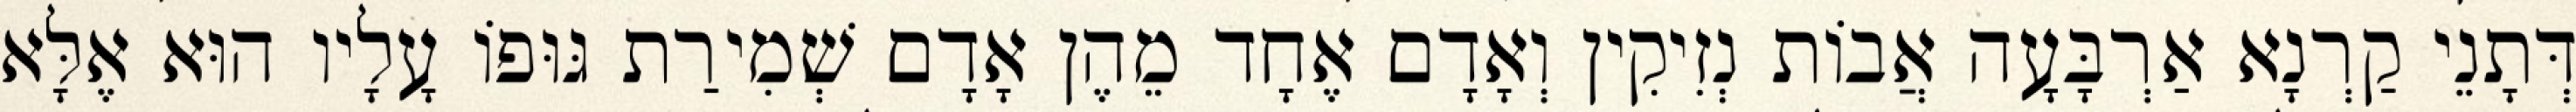
דְּתָנֵי קַרְנָא אַרְבָּעָה אֲבוֹת נְזִיקִין וְאָדָם אֶחָד מֵהֶן אָדָם שְׁמִירַת גּוּפוֹ עָלָיו הוּא אֶלָּא